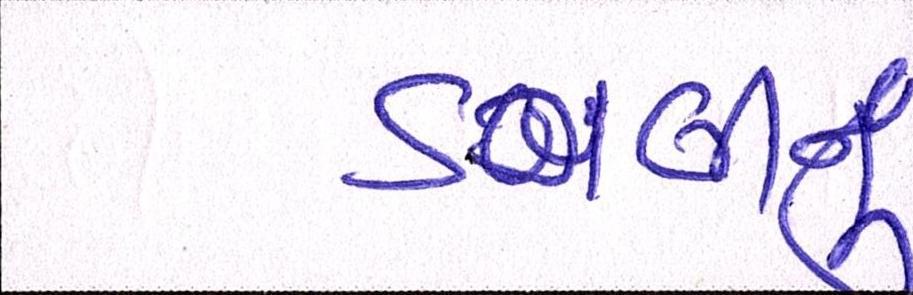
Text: ડગલીનું